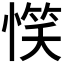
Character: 𢞖